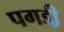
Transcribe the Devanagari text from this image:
पगडी़